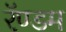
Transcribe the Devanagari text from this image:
रॅण्डम